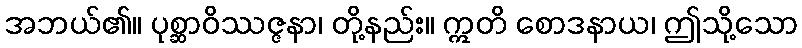
အဘယ်၏။ ပုစ္ဆာဝိဿဇ္ဇနာ၊ တို့နည်း။ ဣတိ စောဒနာယ၊ ဤသို့သော